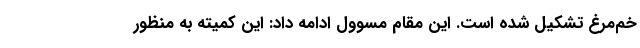
خم‌مرغ تشکیل شده است. این مقام مسوول ادامه داد: این کمیته به منظور